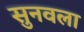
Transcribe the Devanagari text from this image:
सुनवला